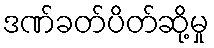
ဒဏ်ခတ်ပိတ်ဆို့မှု